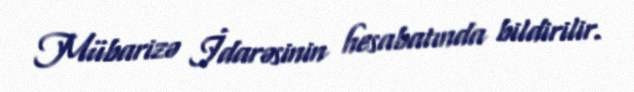
Mübarizə İdarəsinin hesabatında bildirilir.